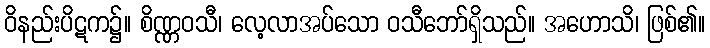
ဝိနည်းပိဋက၌။ စိဏ္ဏဝသီ၊ လေ့လာအပ်သော ဝသီဘော်ရှိသည်။ အဟောသိ၊ ဖြစ်၏။